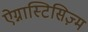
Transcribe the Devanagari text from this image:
ऐग्नास्टिसिज़्म